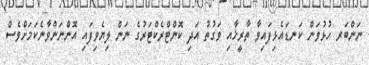
ނަންބަރ ހުޅުވަން ކަނޑައެޅިފައިވާ ތާރީޚާއި ވަގުތު އަދި ކޮންޓްރެކްޓަރުގެ ނަން ލިޔެވިފައި އޮންނަންވާނެކަމަށްވެސް